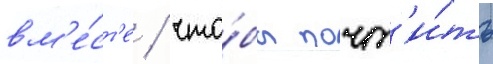
вм'е́ст'е / что́бы почт'и́ть